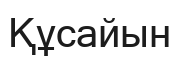
Құсайын